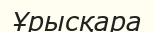
Ұрысқара